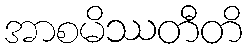
အာစမိဿတီတိ